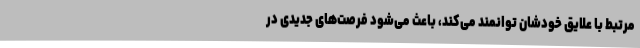
مرتبط با علایق خودشان توانمند می‌کند، باعث می‌شود فرصت‌های جدیدی در